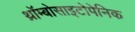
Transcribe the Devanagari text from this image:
थ्रॉम्बोसाइटोपेनिक